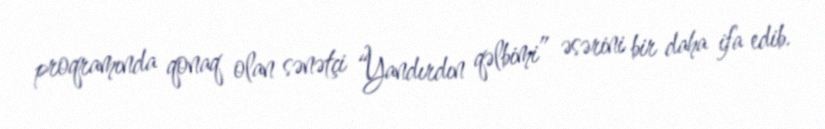
proqramında qonaq olan sənətçi “Yandırdın qəlbimi” əsərini bir daha ifa edib.